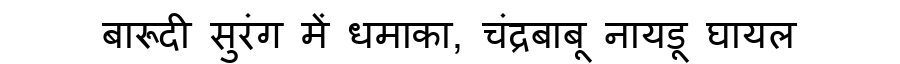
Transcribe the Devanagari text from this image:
बारूदी सुरंग में धमाका, चंद्रबाबू नायडू घायल